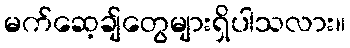
မက်ဆေ့ချ်တွေများရှိပါသလား။